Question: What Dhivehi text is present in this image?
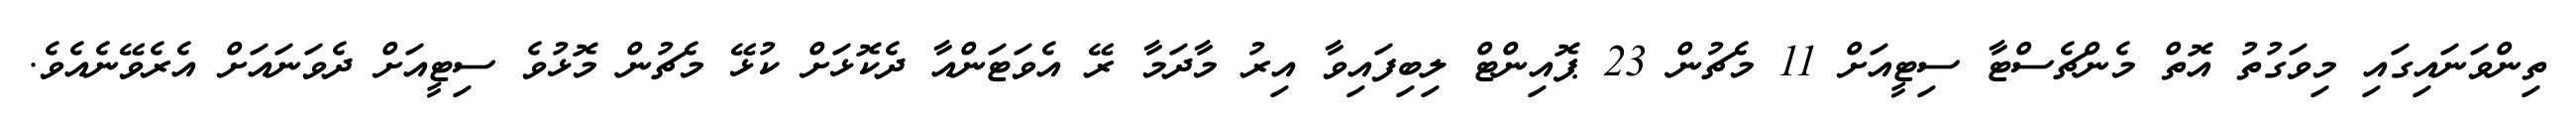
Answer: ތިންވަނައިގައި މިވަގުތު އޮތް މެންޗެސްޓާ ސިޓީއަށް 11 މެޗުން 23 ޕޮއިންޓް ލިބިފައިވާ އިރު މާދަމާ ރޭ އެވަޓަންއާ ދެކޮޅަށް ކުޅޭ މެޗުން މޮޅުވެ ސިޓީއަށް ދެވަނައަށް އެރެވޭނެއެވެ.